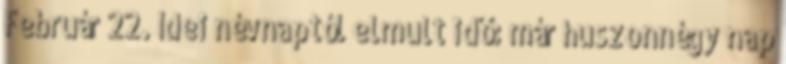
Február 22. Idei névnaptól elmult idő: már huszonnégy nap